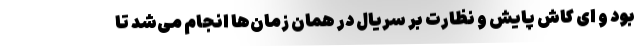
بود و ای کاش پایش و نظارت بر سریال در همان زمان‌ها انجام می‌شد تا